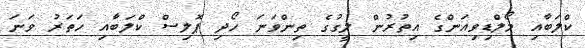
ކްލަބާއި މޯލްޑިވިއަންގެ އިތުރުން ލީގުގެ ތިންވަނަ ހޯދި ޕޮލިސް ކްލަބާއި ހަތަރު ވަނަ